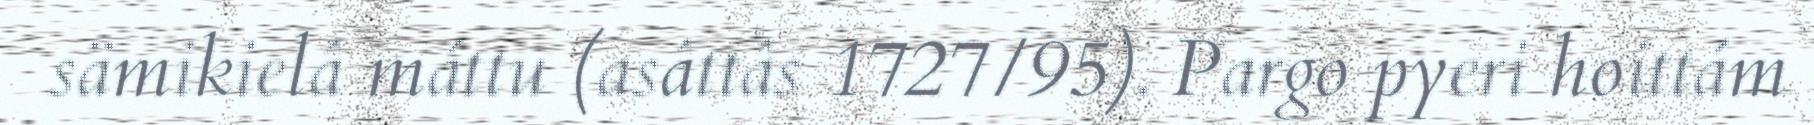
sämikielâ máttu (asâttâs 1727/95). Pargo pyeri hoittám